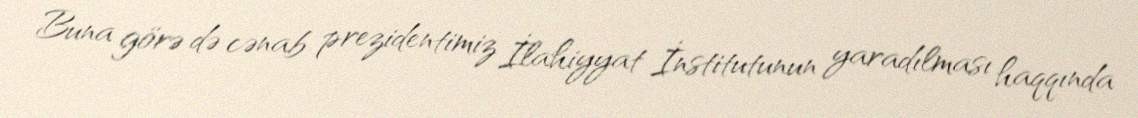
Buna görə də cənab prezidentimiz İlahiyyat İnstitutunun yaradılması haqqında